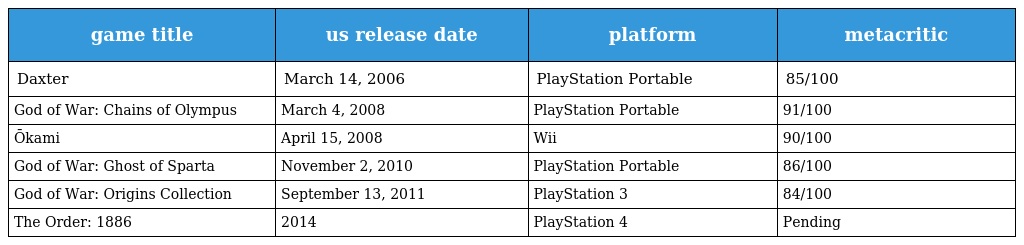
| game title | us release date | platform | metacritic |
 | --- | --- | --- | --- |
 | Daxter | March 14, 2006 | PlayStation Portable | 85/100 |
 | God of War: Chains of Olympus | March 4, 2008 | PlayStation Portable | 91/100 |
 | Ōkami | April 15, 2008 | Wii | 90/100 |
 | God of War: Ghost of Sparta | November 2, 2010 | PlayStation Portable | 86/100 |
 | God of War: Origins Collection | September 13, 2011 | PlayStation 3 | 84/100 |
 | The Order: 1886 | 2014 | PlayStation 4 | Pending |